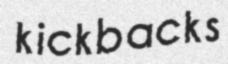
kickbacks